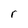
Character: r